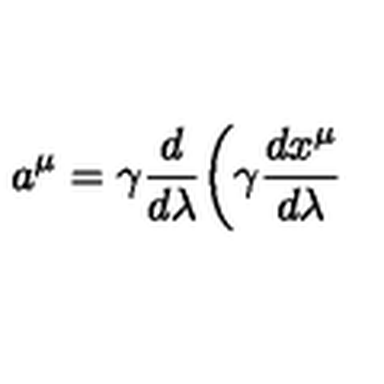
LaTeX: a ^ { \mu } = \gamma \frac { d } { d \lambda } \biggl ( \gamma \frac { d x ^ { \mu } } { d \lambda }